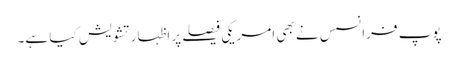
پوپ فرانسس نے بھی امریکی فیصلے پر اظہار تشویش کیا ہے۔